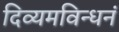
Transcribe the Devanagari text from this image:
दिव्यमविन्धनं